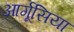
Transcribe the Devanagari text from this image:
आर्गूसिया